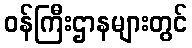
ဝန်ကြီးဌာနများတွင်